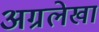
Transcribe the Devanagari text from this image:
अग्रलेखां